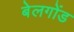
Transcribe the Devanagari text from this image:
बेलगोंड